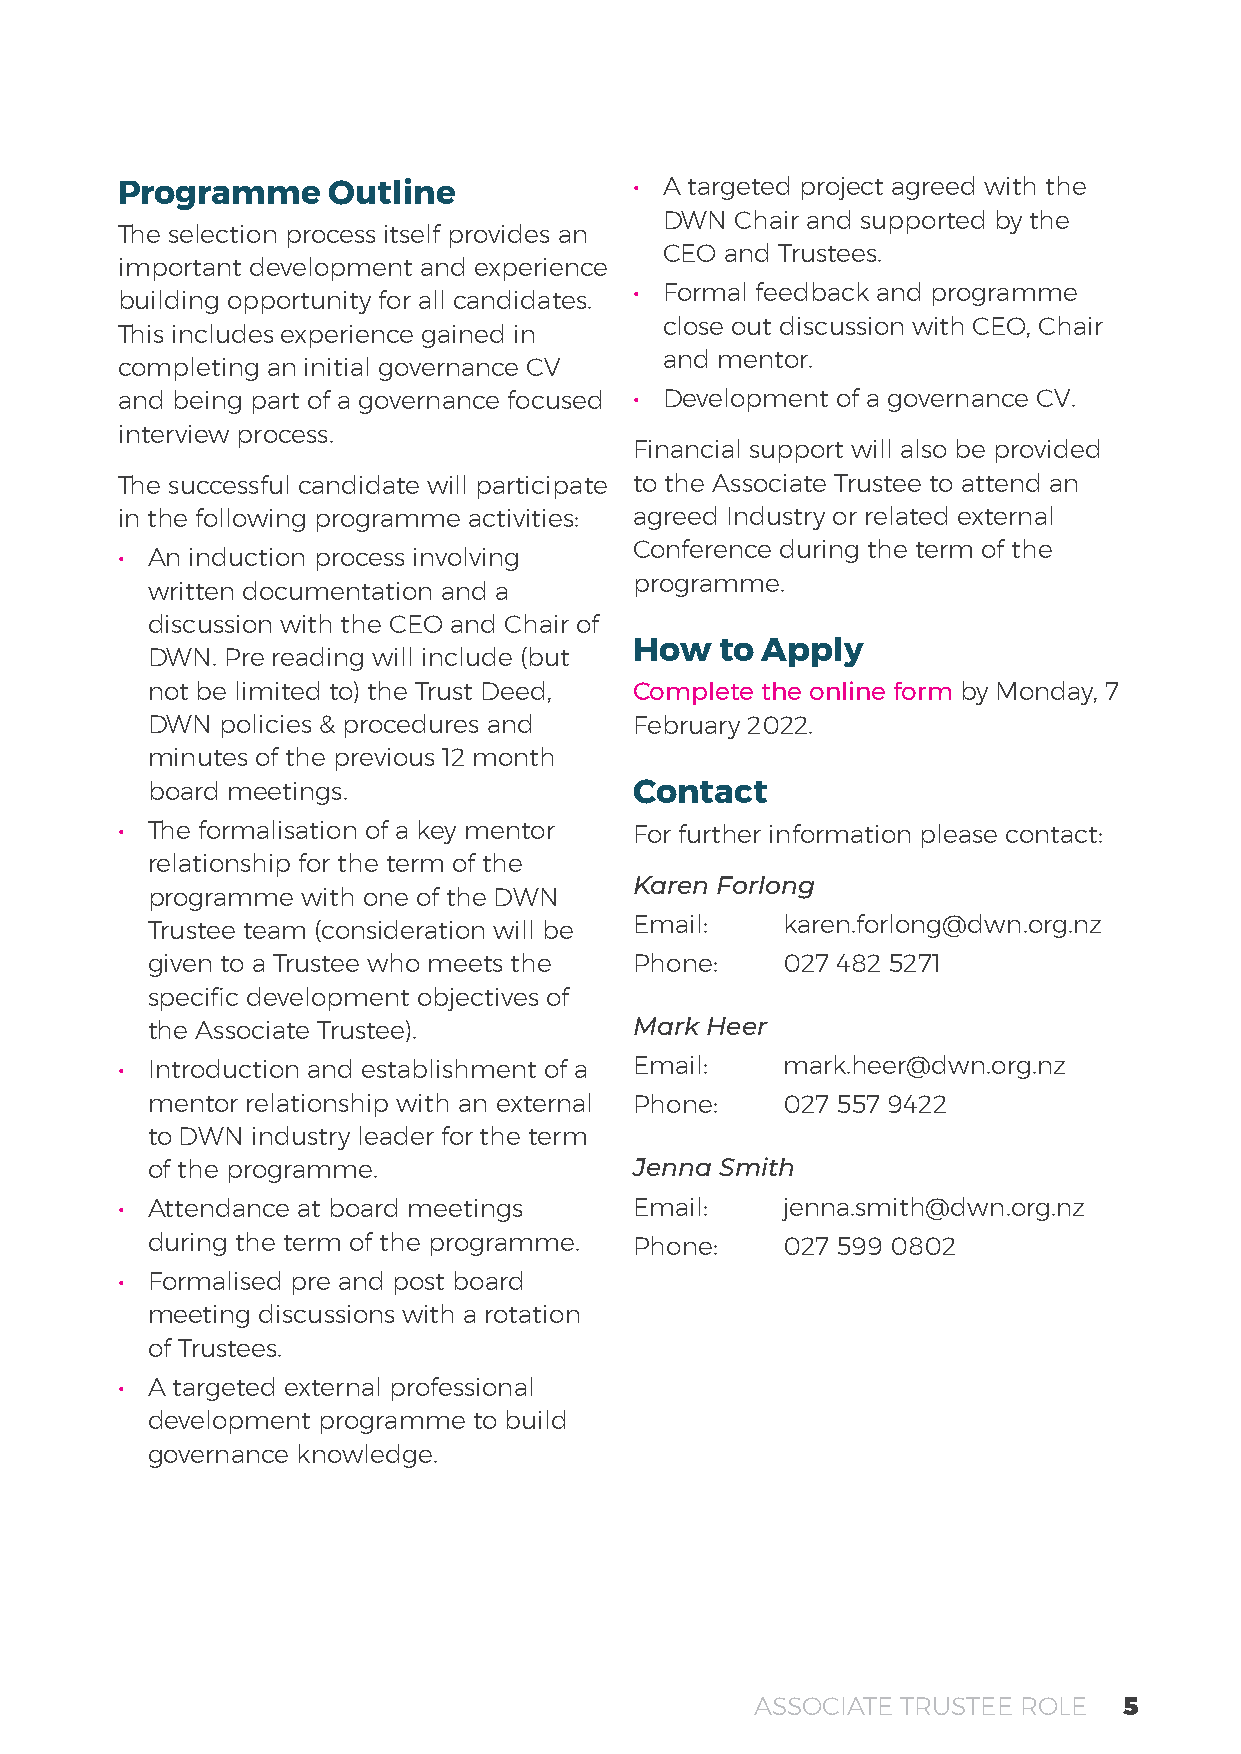
Programme     Outline             • A targeted project agreed with the
 DWN  Chair and supported by the
 The selection process itself provides an
 CEO and Trustees.
 important development and experience
 • Formal feedback and programme
 building opportunity for all candidates.
 close out discussion with CEO, Chair
 This includes experience gained in
 and mentor.
 completing an initial governance CV
 and being part of a governance focused • Development of a governance CV.
 interview process.
 Financial support will also be provided
 The successful candidate will participate to the Associate Trustee to attend an
 in the following programme activities: agreed Industry or related external
 Conference during the term of the
 • An induction process involving
 programme.
 written documentation and a
 discussion with the CEO and Chair of
 How   to Apply
 DWN. Pre reading will include (but
 not be limited to) the Trust Deed, Complete the online form by Monday, 7
 DWN  policies & procedures and  February 2022.
 minutes of the previous 12 month
 board meetings.                 Contact
 • The formalisation of a key mentor For further information please contact:
 relationship for the term of the
 Karen Forlong
 programme with one of the DWN
 Trustee team (consideration will be Email: karen.forlong@dwn.org.nz
 given to a Trustee who meets the Phone:   027 482 5271
 specific development objectives of
 Mark Heer
 the Associate Trustee).
 • Introduction and establishment of a Email: mark.heer@dwn.org.nz
 mentor relationship with an external Phone: 027 557 9422
 to DWN industry leader for the term
 of the programme.               Jenna Smith
 • Attendance at board meetings    Email:    jenna.smith@dwn.org.nz
 during the term of the programme. Phone:  027 599 0802
 • Formalised pre and post board
 meeting discussions with a rotation
 of Trustees.
 • A targeted external professional
 development programme to build
 governance knowledge.
 ASSOCIATE TRUSTEE ROLE  5